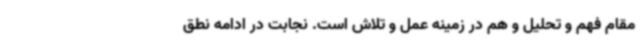
مقام فهم و تحلیل و هم در زمینه عمل و تلاش است. نجابت در ادامه نطق